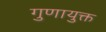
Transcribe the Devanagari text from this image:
गुणायुक्त